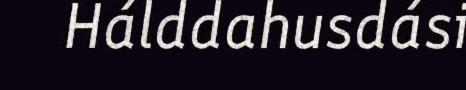
Hálddahusdási